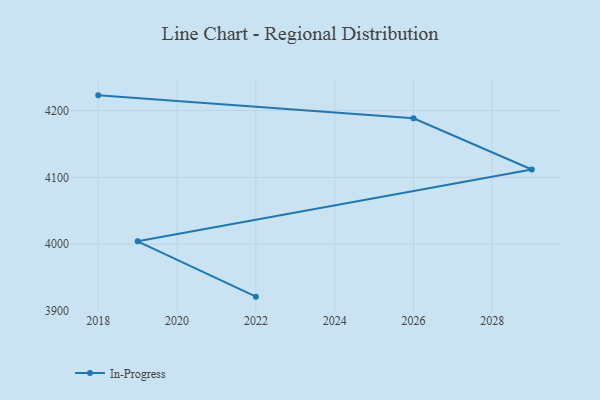
{"axis": {"x": "Year", "y": "Gross Profit (USD K)"}, "legend": ["In-Progress"], "data": [{"x": "2018", "y": 4222.7, "type": "In-Progress"}, {"x": "2026", "y": 4188.3, "type": "In-Progress"}, {"x": "2029", "y": 4111.7, "type": "In-Progress"}, {"x": "2019", "y": 4004.3, "type": "In-Progress"}, {"x": "2022", "y": 3921.5, "type": "In-Progress"}]}